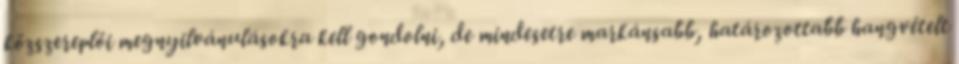
közszereplői megnyilvánulásokra kell gondolni, de mindesetre markánsabb, határozottabb hangvételt